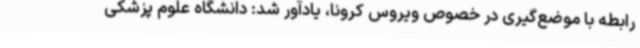
رابطه با موضع‌گیری در خصوص ویروس کرونا، یادآور شد: دانشگاه علوم پزشکی